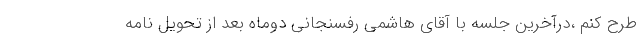
طرح کنم ،درآخرین جلسه با آقای هاشمی رفسنجانی دوماه بعد از تحویل نامه